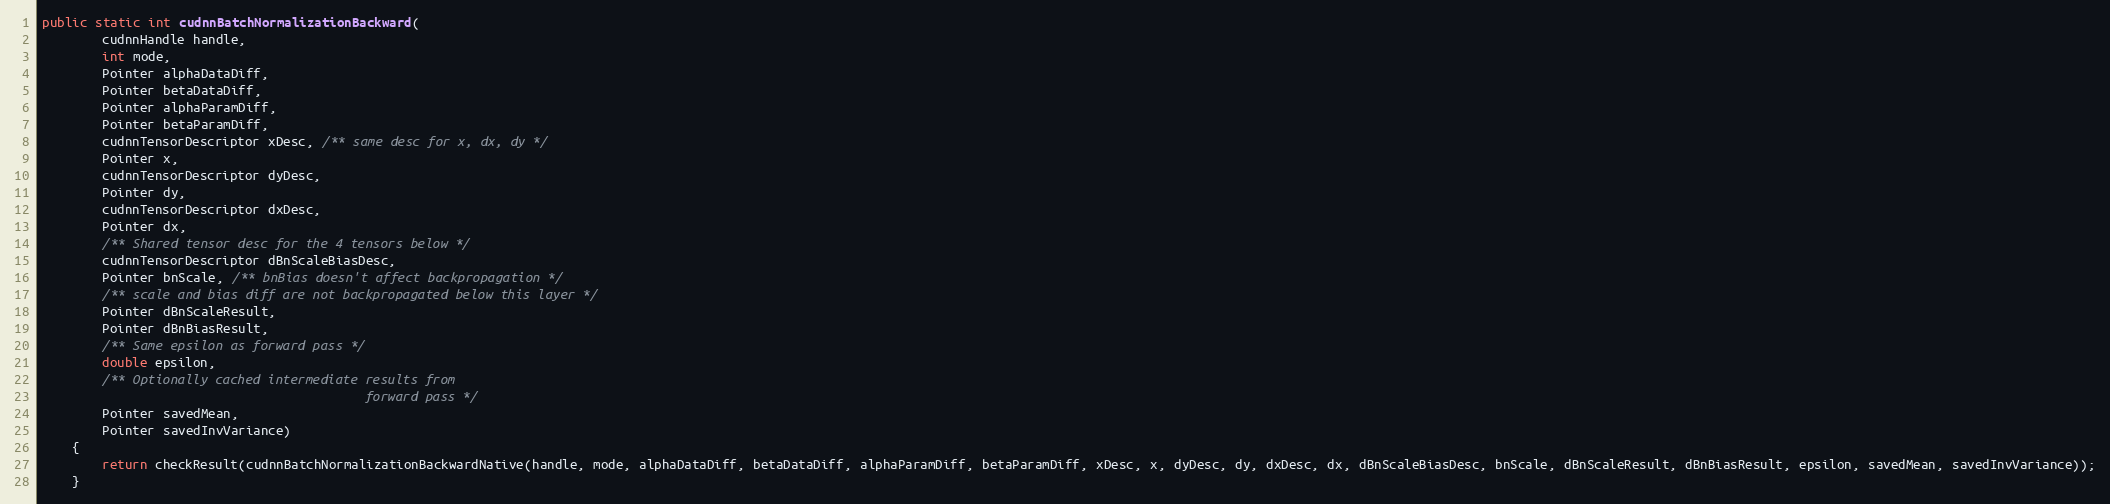
Language: Java
public static int cudnnBatchNormalizationBackward(
        cudnnHandle handle,
        int mode,
        Pointer alphaDataDiff,
        Pointer betaDataDiff,
        Pointer alphaParamDiff,
        Pointer betaParamDiff,
        cudnnTensorDescriptor xDesc, /** same desc for x, dx, dy */
        Pointer x,
        cudnnTensorDescriptor dyDesc,
        Pointer dy,
        cudnnTensorDescriptor dxDesc,
        Pointer dx,
        /** Shared tensor desc for the 4 tensors below */
        cudnnTensorDescriptor dBnScaleBiasDesc,
        Pointer bnScale, /** bnBias doesn't affect backpropagation */
        /** scale and bias diff are not backpropagated below this layer */
        Pointer dBnScaleResult,
        Pointer dBnBiasResult,
        /** Same epsilon as forward pass */
        double epsilon,
        /** Optionally cached intermediate results from
                                           forward pass */
        Pointer savedMean,
        Pointer savedInvVariance)
    {
        return checkResult(cudnnBatchNormalizationBackwardNative(handle, mode, alphaDataDiff, betaDataDiff, alphaParamDiff, betaParamDiff, xDesc, x, dyDesc, dy, dxDesc, dx, dBnScaleBiasDesc, bnScale, dBnScaleResult, dBnBiasResult, epsilon, savedMean, savedInvVariance));
    }